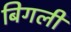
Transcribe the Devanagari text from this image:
बिगली